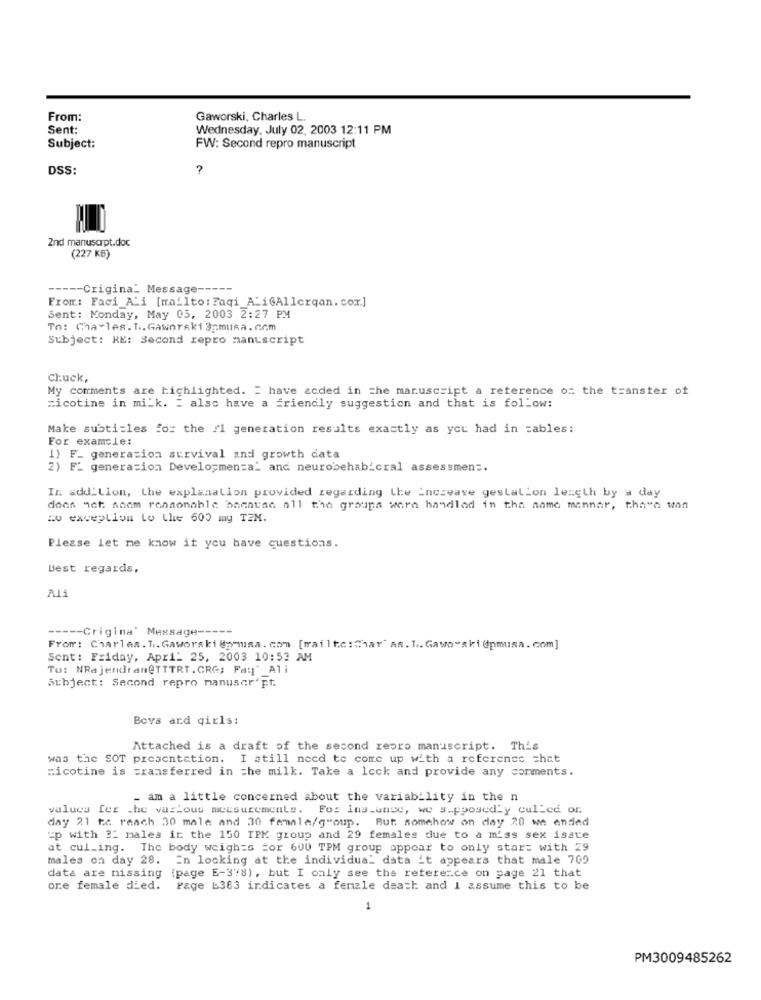
From:
Gaworski, Charles L.
Sent:
Wednesday, July 02, 2003 12:11 PM
Subject:
FW: Second repro manuscript
DSS:
2nd manuscrpt.doc
(227 KB)
----- Crigina_ Message -----
From: Faci Ali [mailto: Faqi_A_i@Allerqan. com.]
Sent: Monday, May 05, 2003 2:27 PM
To: Charles. T .. Gaworski 3pmusa.com
Subject: RE: Second repro manuscript
Chuck,
My comments are highlighted. = have &cded in the manuscript a reference on the transter of
=icotine in milk. : also have a friendly suggestion and that is follow:
Make subtitles for the /1 generation results exactly as you had in cables:
For example:
1) F_ generation survival and growth data
2) F_ generation Developmen=a_ and neurobehab_cral assessment.
Ir. add_Lion, the explanation provided regarding the increase gestation length by a day
does act saam reasonable bacause all the groups wara handlad in the name mannar, thave won
Eu exception to Lhe 600 my TEM.
Please let me know if you have questions.
Best regards,
----- Crigina" Message -----
From: Charles. T .. Gaworski@pmusa.com [mailto: "har" AR. T .. Gawo"ski @pmusa.com]
Sent: Friday, April 25, 2003 10:52 AM
To: NRajendran@TTTRT.CRG; Fay' Ali
Subject: Second repro manuscript.
Boys and girls:
Attached is a draft of the second repro manuscript. This
was the SOT presentation. I still need to come up with a reference chat
nicotine is =ransferred in the milk. Take a lock and provide any comments.
- am a little concerned about the variability in the n
values fer .he various measurements. For Instance, we supposedly culLed or.
day 21 to reach 30 male and 30 female/group. But somehow on day 20 we ended
up with 32 males in the 150 TPK group and 29 females due to a miss sex isate
at cul_ing. The body weigh=s =or 600 TPM group appear to only start with 29
males on day 28. En looking at the individual data it appears that male 709
data are missing (page E-378), but I only see the reference on page 21 that
ore female died. Page b383 indicates a female death and I assume this to be
1
PM3009485262